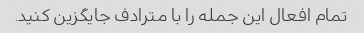
تمام افعال این جمله را با مترادف جایگزین کنید.